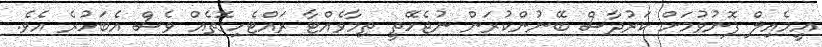
އީމެއިލް ފޮނުވުމަށް ކަރުދާސް ބޭނުންކުރަން ނުޖެހޭތީ ތިމާވެއްޓާ ރައްޓެހިގޮތެއް ވެސް އެބަހުރެ އެވެ.